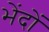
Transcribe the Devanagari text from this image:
भेंदों